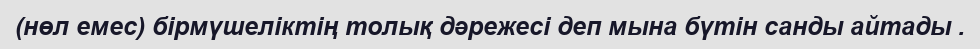
(нөл емес) бірмүшеліктің толық дәрежесі деп мына бүтін санды айтады .